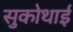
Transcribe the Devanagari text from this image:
सुकोथाई